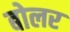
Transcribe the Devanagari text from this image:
बोलर